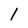
Character: l